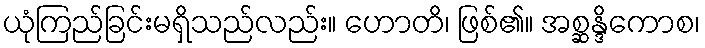
ယုံကြည်ခြင်းမရှိသည်လည်း။ ဟောတိ၊ ဖြစ်၏။ အစ္ဆန္ဒိကောစ၊